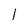
Character: 1